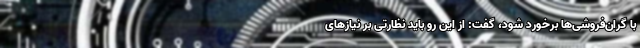
با گران‌فروشی‌ها برخورد شود، گفت: از این رو باید نظارتی بر نیازهای